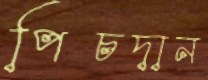
পিচদান